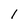
Character: 1